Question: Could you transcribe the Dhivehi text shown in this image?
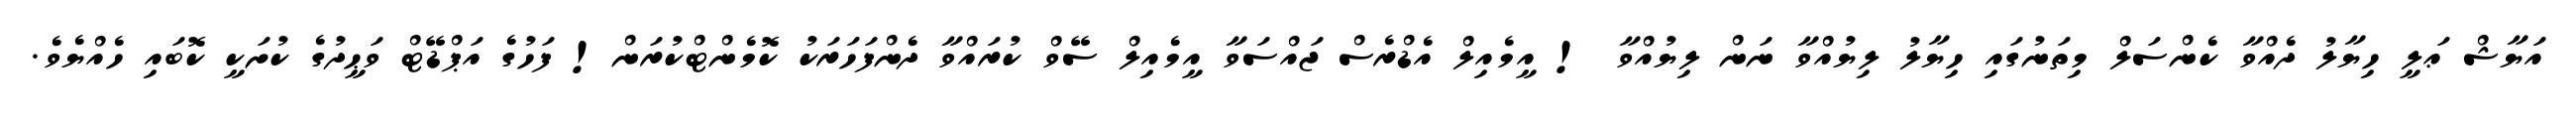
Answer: އަޔާޝް ޢަލީ ހިޔާލު ދެއްވާ ކެންސަލް މިތަނުގައި ހިޔާލު ލިޔުއްވާ ނަން ލިޔުއްވާ ! އީމެއިލް އެޑްރެސް ޖައްސަވާ އީމެއިލް ސޭވް ކުރައްވާ ދެންފަހަރަކު ކޮމެންޓްކުރަން! ފަހުގެ އަޕްޑޭޓް ވަޙީދުގެ ކުށަކީ ކޮބައި ހެއްޔެވެ.